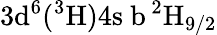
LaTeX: \mathrm{3d^{6}(^{3}H)4s\ b\, ^{2}H_{9/2}}